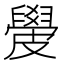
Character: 𥀣